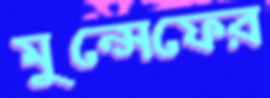
মুন্সেফের